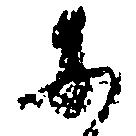
等